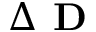
\Delta \textbf { D }